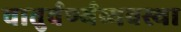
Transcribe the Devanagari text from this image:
चातुर्वर्ण्यव्यवस्था